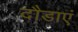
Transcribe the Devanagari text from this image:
दौडाएं